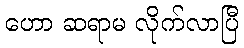
ဟော ဆရာမ လိုက်လာပြီ